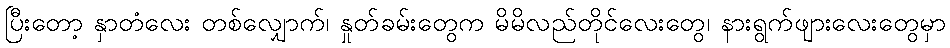
ပြီးတော့ နှာတံလေး တစ်လျှောက်၊ နှုတ်ခမ်းတွေက မိမိလည်တိုင်လေးတွေ၊ နားရွက်ဖျားလေးတွေမှာ